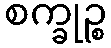
စက္ခုဉ္စ